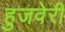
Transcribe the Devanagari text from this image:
हुजवेरी